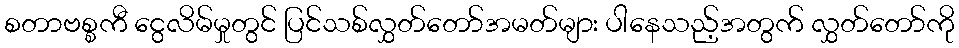
စတာဗစ္စကီ ငွေလိမ်မှုတွင် ပြင်သစ်လွှတ်တော်အမတ်များ ပါနေသည့်အတွက် လွှတ်တော်ကို